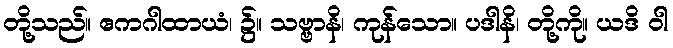
တို့သည်။ ဧကဂါထာယံ၊ ၌။ သဗ္ဗာနိ၊ ကုန်သော။ ပဒါနိ၊ တို့ကို။ ယဒိ ဝါ